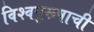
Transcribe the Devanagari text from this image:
विश्‍वपुरूषाची